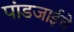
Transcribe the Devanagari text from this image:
पांडजाईचे